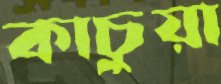
কাচুয়া